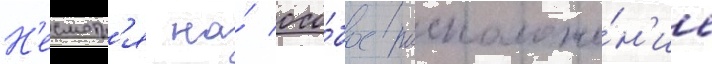
Н'есмотр'я на́ осо́бое расположе́н'ие